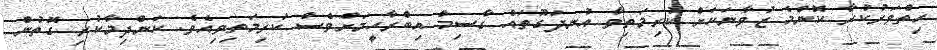
ހިތްވަރުކުރާ ކޮންމެ ޒުވާނަކަށް ކުރިމަތިވާ އުނދަގޫތައް ގާސިމް އިބްރާހީމަށްވެސް ކުރިމަތިވިއެވެ. ކަންދިމާކުރި ގޮތުން